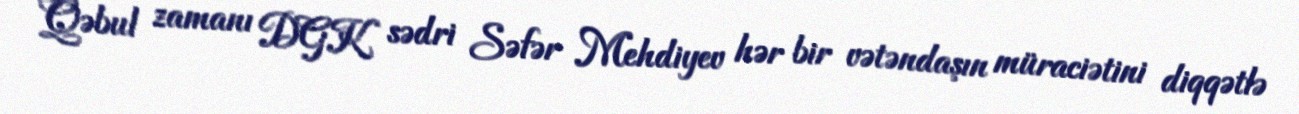
Qəbul zamanı DGK sədri Səfər Mehdiyev hər bir vətəndaşın müraciətini diqqətlə